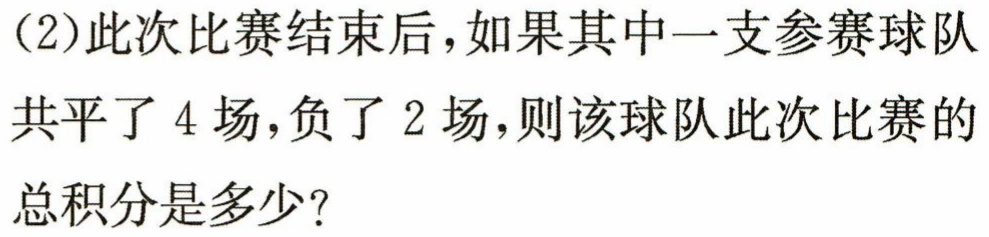
(2)此次比赛结束后，如果其中一支参赛球队
共平了4场，负了2场，则该球队此次比赛的
总积分是多少？